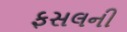
ફસલની